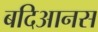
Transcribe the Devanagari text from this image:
बदिआनस